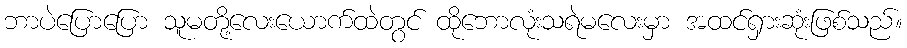
ဘာပဲပြောပြော သူမတို့လေးယောက်ထဲတွင် ထိုဘောလုံးသရဲမလေးမှာ အထင်ရှားဆုံးဖြစ်သည်။